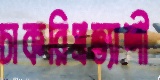
চাকরিপ্রত্যাশী